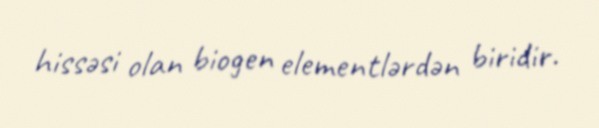
hissəsi olan biogen elementlərdən biridir.